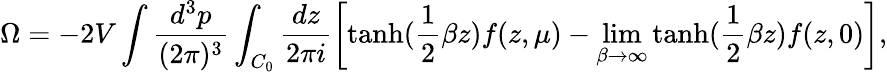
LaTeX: \Omega=-2V\int\frac{d^{3}p}{(2\pi)^{3}}\int_{C_{0}}\frac{dz}{2\pi i}\left[\mathrm{tanh}(\frac 12\beta z)f(z,\mu)-\operatorname*{lim}_{\beta\rightarrow\infty}\mathrm{tanh}(\frac 12\beta z)f(z,0)\right],